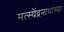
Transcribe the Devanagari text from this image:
मत्स्येंद्रनाथांच्या